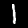
Digit: 1